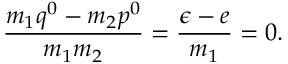
\frac { m _ { 1 } q ^ { 0 } - m _ { 2 } p ^ { 0 } } { m _ { 1 } m _ { 2 } } = \frac { \epsilon - e } { m _ { 1 } } = 0 .